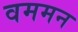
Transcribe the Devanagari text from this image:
वममन